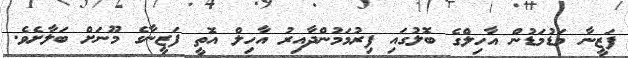
ފަޒީނާ މަޑުމަޑުން އާހިލްގެ ބޮލުގައި ފިރުމަމުންދާއިރު އާހިލް އޮތީ ފަޒީނާގެ މޫނަށް ބަލާށެވެ.